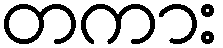
တကား